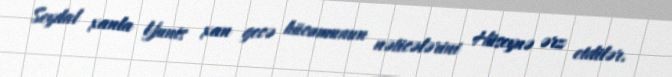
Seydal xanla Yunis xan gecə hücumunun nəticələrini Hüseynə ərz etdilər.